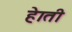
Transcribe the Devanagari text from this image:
हेाती